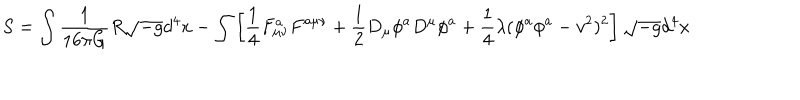
LaTeX: S = \int \frac { 1 } { 1 6 \pi G } R \sqrt { - g } d ^ { 4 } x - \int \left[ \frac { 1 } { 4 } F _ { \mu \nu } ^ { a } F ^ { a \mu \nu } + \frac { 1 } { 2 } D _ { \mu } \phi ^ { a } D ^ { \mu } \phi ^ { a } + \frac { 1 } { 4 } \lambda ( \phi ^ { a } \phi ^ { a } - v ^ { 2 } ) ^ { 2 } \right] \sqrt { - g } d ^ { 4 } x \